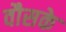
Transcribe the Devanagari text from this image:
वौसके